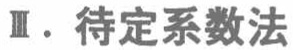
Ⅱ. 待定系数法